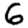
Digit: 6